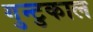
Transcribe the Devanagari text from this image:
गुन्टुकाल